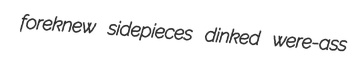
foreknew sidepieces dinked were-ass